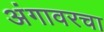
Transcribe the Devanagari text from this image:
अंगावरचा